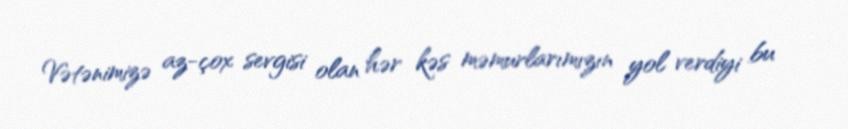
Vətənimizə az-çox sevgisi olan hər kəs məmurlarımızın yol verdiyi bu